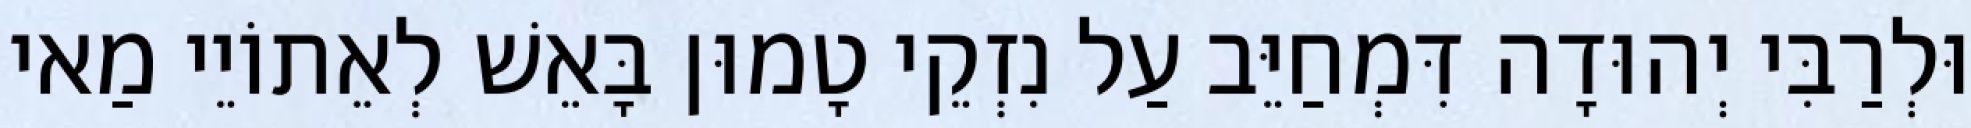
וּלְרַבִּי יְהוּדָה דִּמְחַיֵּב עַל נִזְקֵי טָמוּן בָּאֵשׁ לְאֵתוֹיֵי מַאי